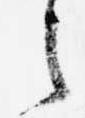
之